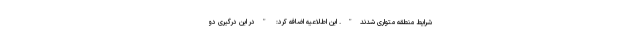
شرایط منطقه متواری شدند". این اطلاعیه اضافه کرد: "در این درگیری دو